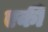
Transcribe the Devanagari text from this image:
एकीं